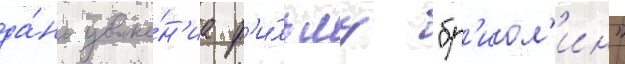
да́нь уваже́н'иа ф'и́льму "бр'иол'ин"